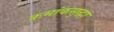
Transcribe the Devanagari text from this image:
क्रमांकसुद्धा